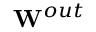
{ \bf W } ^ { o u t }